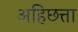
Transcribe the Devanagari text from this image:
अहिछत्ता